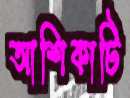
আশিকাটি